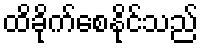
ထိခိုက်စေနိုင်သည်